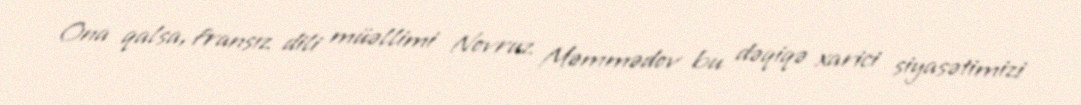
Ona qalsa, fransız dili müəllimi Novruz Məmmədov bu dəqiqə xarici siyasətimizi